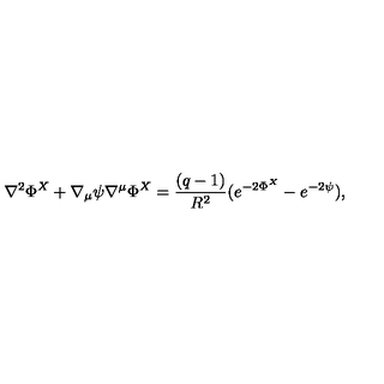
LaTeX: \nabla ^ { 2 } \Phi ^ { X } + \nabla _ { \mu } \psi \nabla ^ { \mu } \Phi ^ { X } = \frac { ( q - 1 ) } { R ^ { 2 } } ( e ^ { - 2 \Phi ^ { X } } - e ^ { - 2 \psi } ) ,